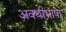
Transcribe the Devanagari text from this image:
अवधीभाषा